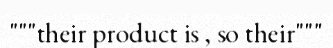
"""their product is , so their"""